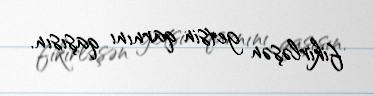
fikirləşən getsin qarnını qaşısın.